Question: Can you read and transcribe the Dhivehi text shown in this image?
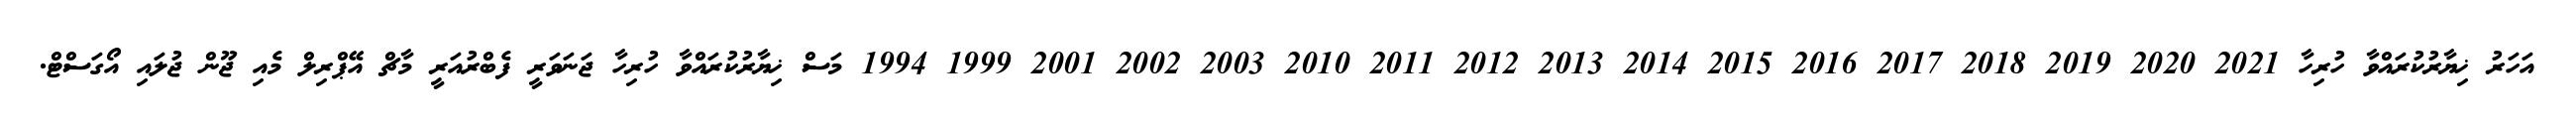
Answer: އަހަރު ޚިޔާރުކުރައްވާ ހުރިހާ 2021 2020 2019 2018 2017 2016 2015 2014 2013 2012 2011 2010 2003 2002 2001 1999 1994 މަސް ޚިޔާރުކުރައްވާ ހުރިހާ ޖަނަވަރީ ފެބްރުއަރީ މާޗް އޭޕްރިލް މެއި ޖޫން ޖުލައި އޯގަސްޓް.